Senior Leaving Certificate Examination (including Day School Certificate (Higher) General paper), 1948
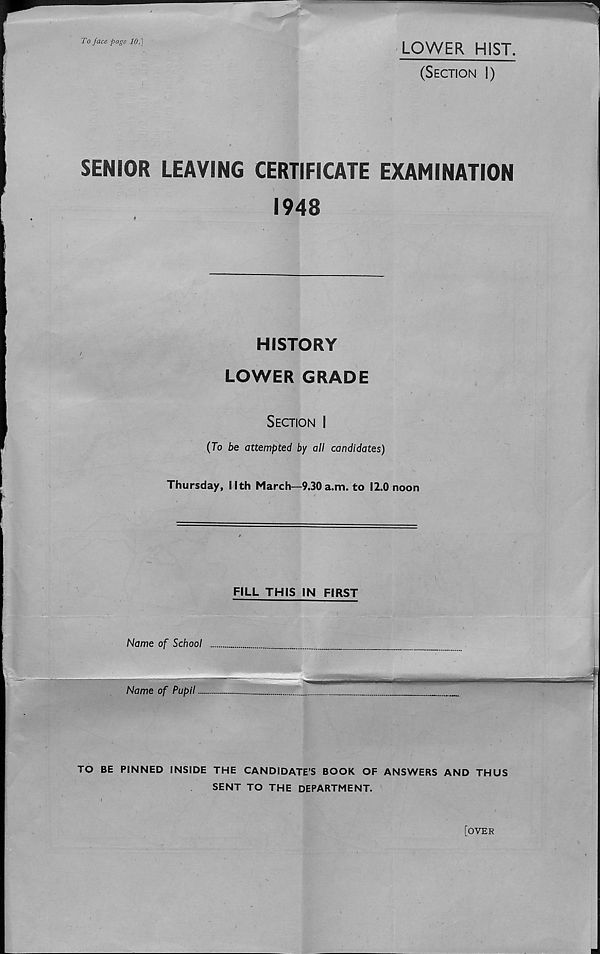
To face page 10.]
LOWER HIST.
(Section I)
SENIOR LEAVING CERTIFICATE EXAMINATION
1948
HISTORY
LOWER GRADE
Section I
(To be attempted by all candidates)
Thursday, Nth March—9.30 a.m. to 12.0 noon
FILL THIS IN FIRST
Name of School
Name of Pupil
TO BE PINNED INSIDE THE CANDIDATE’S BOOK OF ANSWERS AND THUS
SENT TO THE DEPARTMENT.
[OYER